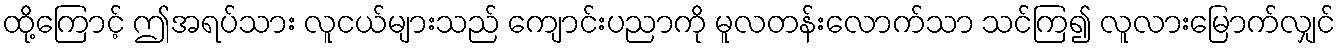
ထို့ကြောင့် ဤအရပ်သား လူငယ်များသည် ကျောင်းပညာကို မူလတန်းလောက်သာ သင်ကြ၍ လူလားမြောက်လျှင်